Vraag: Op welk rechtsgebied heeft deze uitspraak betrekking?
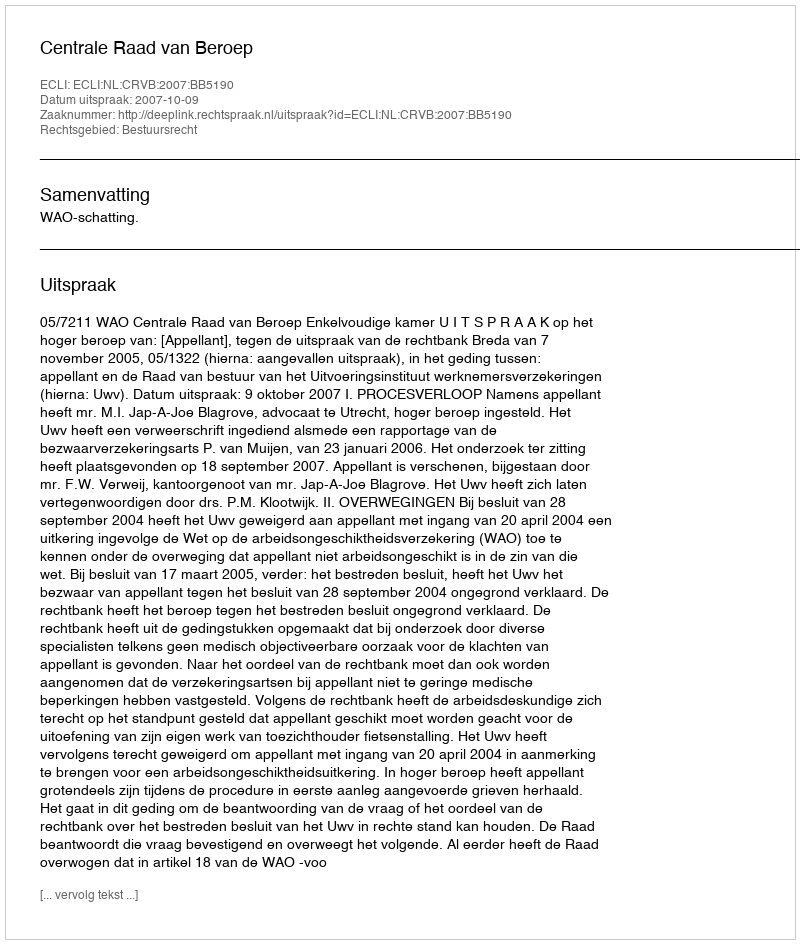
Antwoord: Bestuursrecht